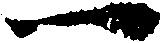
一